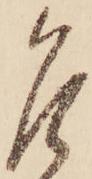
乍